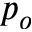
p _ { o }